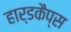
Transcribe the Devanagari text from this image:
हार्डकैप्स